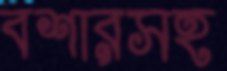
বশারসহ